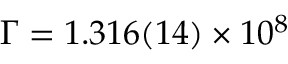
\Gamma = 1 . 3 1 6 ( 1 4 ) \times 1 0 ^ { 8 }